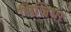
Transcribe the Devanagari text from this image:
भिजिया